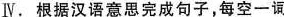
Ⅳ。根据汉语意思完成句子，每空一词